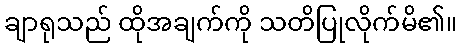
ချာရုသည် ထိုအချက်ကို သတိပြုလိုက်မိ၏။